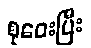
စုဝေးပြီး